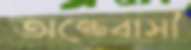
অন্তেবাসী